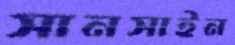
সানসাইন